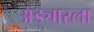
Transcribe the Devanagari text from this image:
अड्यारला